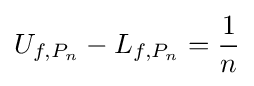
U_{f,P_{n}}-L_{f,P_{n}}={\frac {1}{n}}